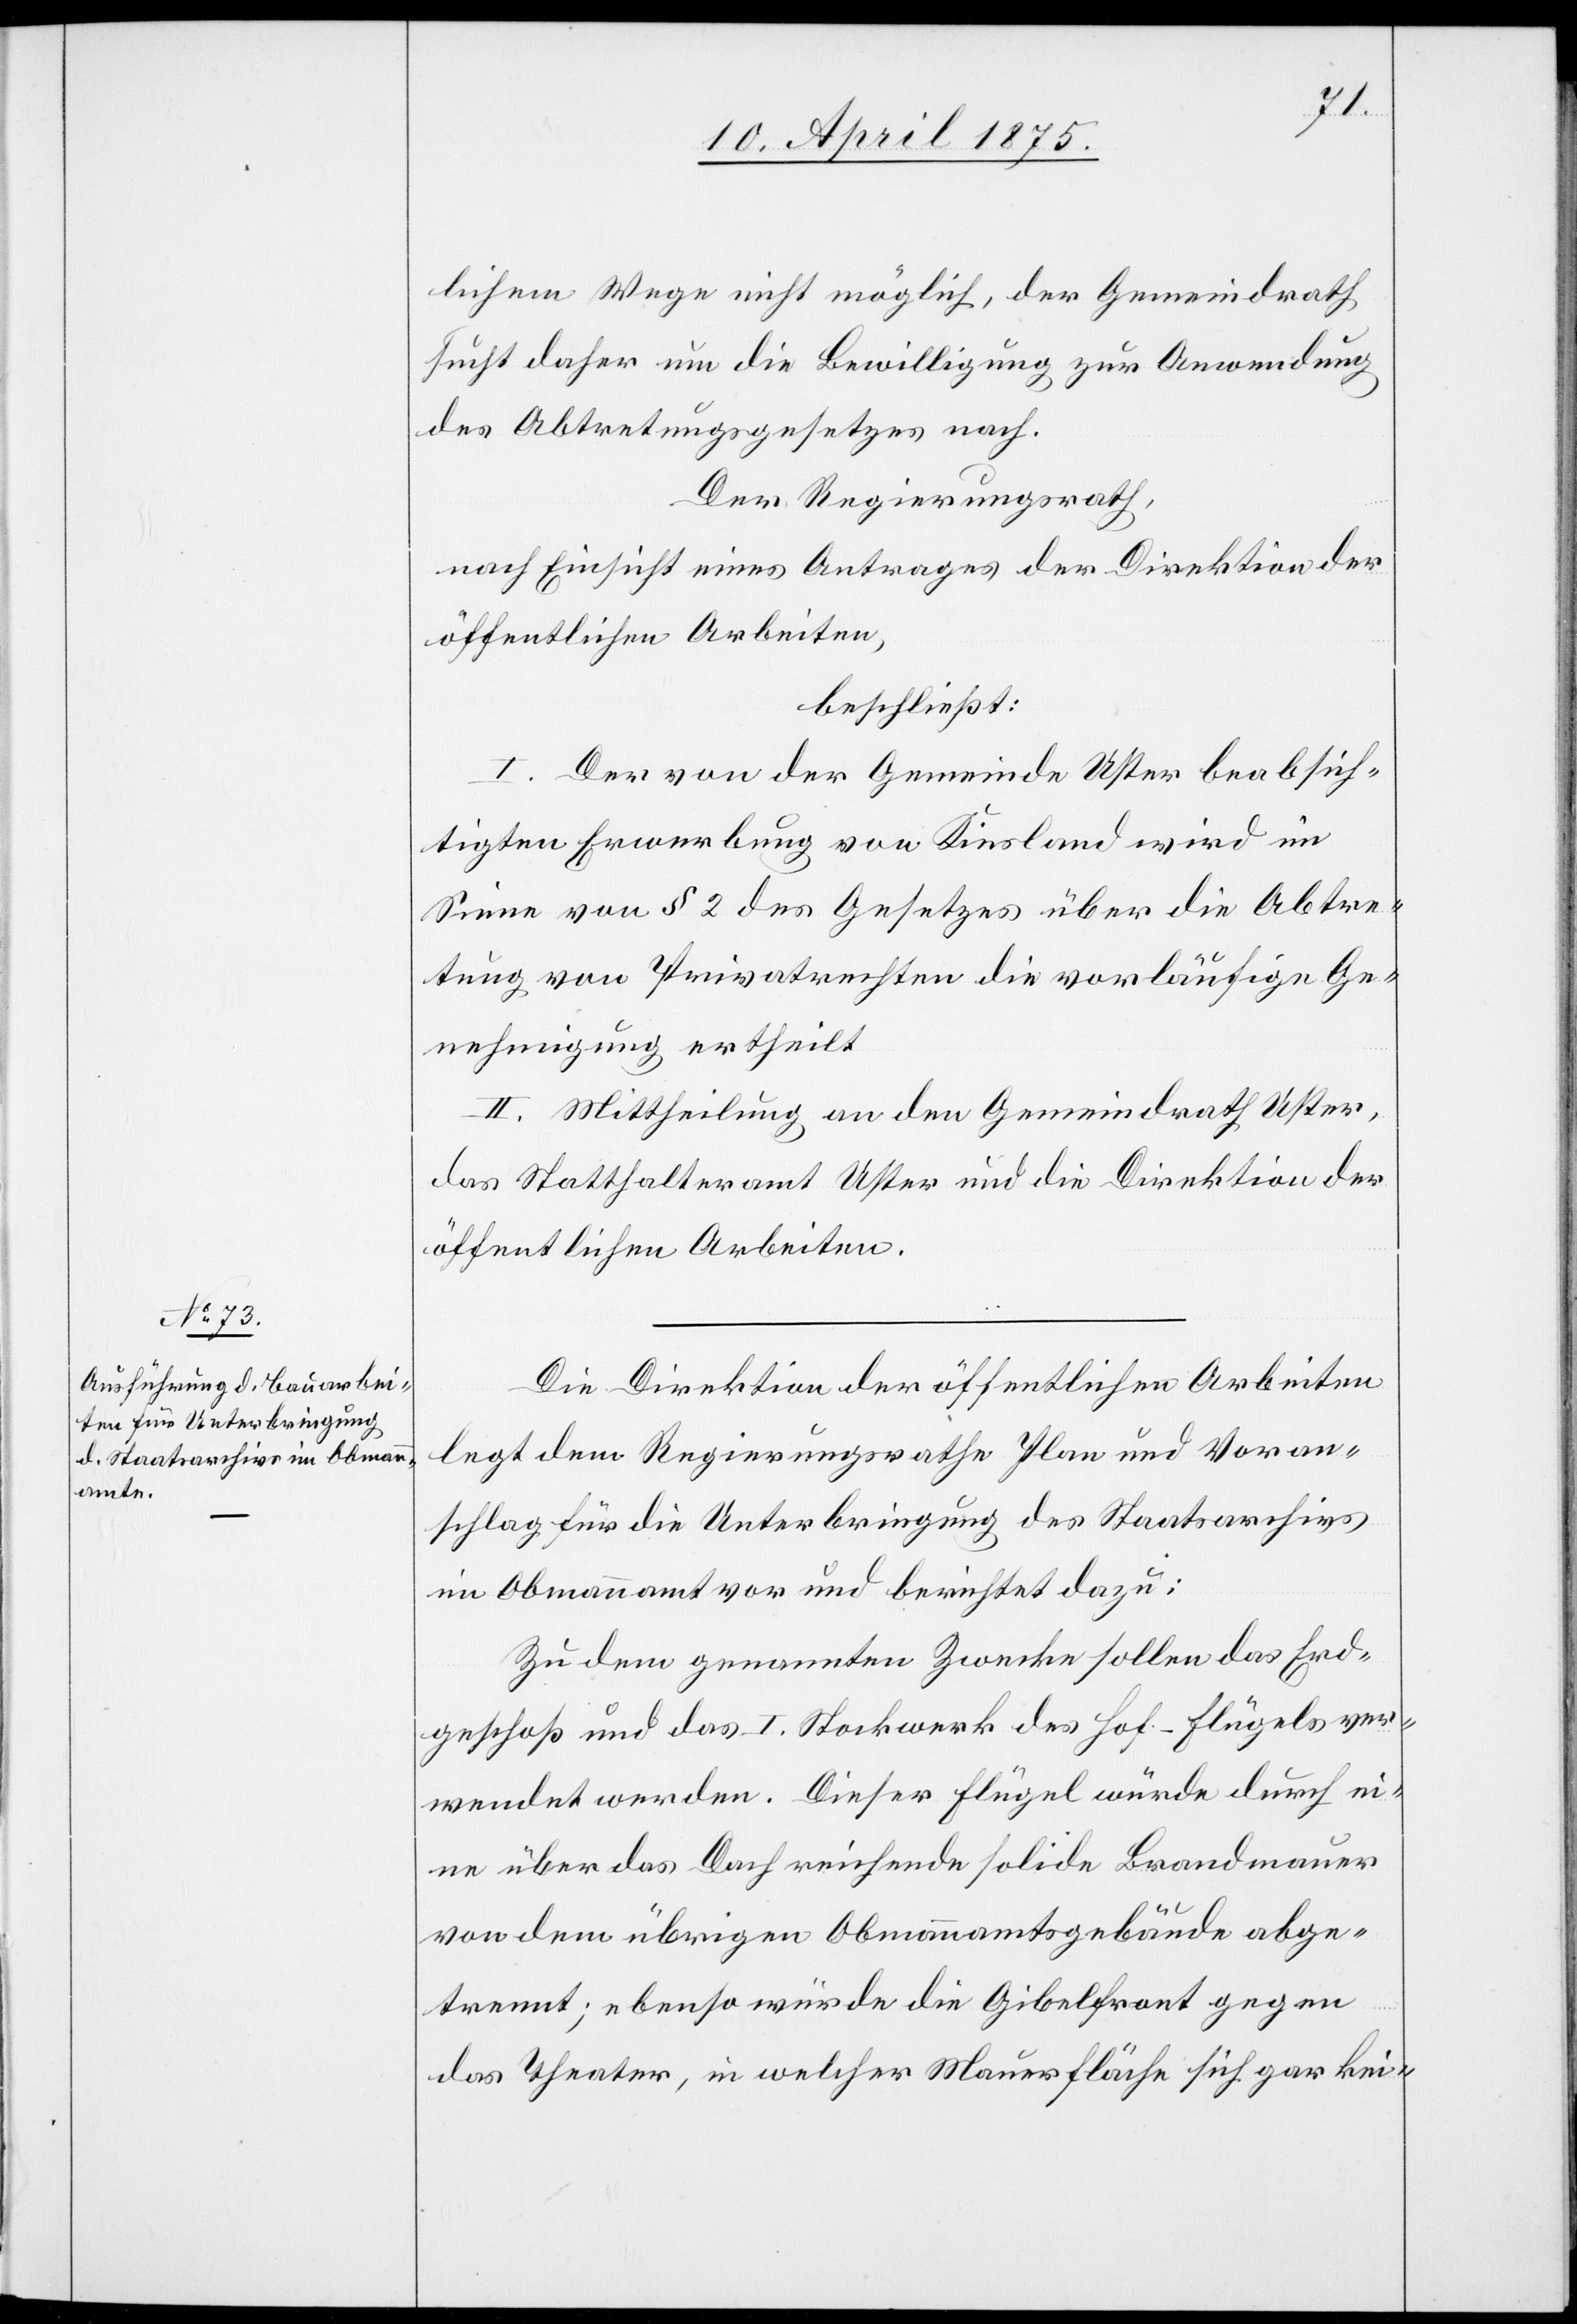
lichem Wege nicht möglich, der Gemeindrath
sucht daher um die Bewilligung zur Anwendung
des Abtretungsgesetzes nach.
Der Regierungsrath,
nach Einsicht eines Antrages der Direktion der
öffentlichen Arbeiten,
beschließt:
I. Der von der Gemeinde Uster beabsich¬
tigten Erwerbung von Kiesland wird im
Sinne von § 2 des Gesetzes über die Abtre¬
tung von Privatrechten die vorläufige Ge¬
nehmigung ertheilt.
II. Mittheilung an den Gemeindrath Uster,
das Statthalteramt Uster und die Direktion der
öffentlichen Arbeiten.
Die Direktion der öffentlichen Arbeiten
legt dem Regierungsrathe Plan und Voran¬
schlag für die Unterbringung des Staatsarchivs
im Obmannamt vor und berichtet dazu:
Zu dem genannten Zwecke sollen das Erd¬
geschoß und das I. Stockwerk des Hof-Flügels ver¬
wendet werden. Dieser Flügel würde durch ei¬
ne über das Dorf reichende solide Brandmauer
von dem übrigen Obmannamtsgelände abge¬
trennt; ebenso würde die Gibelfront gegen
das Theater, in welcher Mauerfläche sich gar kei-